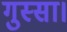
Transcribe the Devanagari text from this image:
गुस्सा।